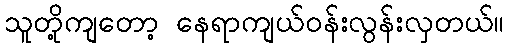
သူတို့ကျတော့ နေရာကျယ်ဝန်းလွန်းလှတယ်။